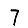
Digit: 7